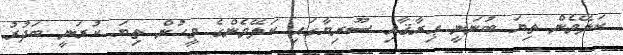
ކަލޭމެން ތިޔަ ބުނަނީ ޢިރާޤާއި ސޫރިޔާގައި ކަލޭމެންގެ މީހުން ތިޔަ ކުރަނީ ބަދުރު